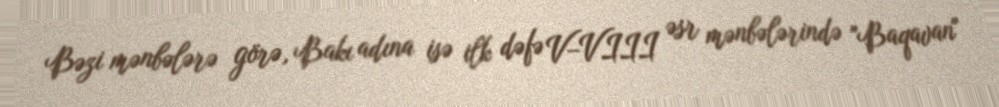
Bəzi mənbələrə görə, Bakı adına isə ilk dəfə V–VIII əsr mənbələrində "Baqavan"